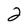
Character: 2